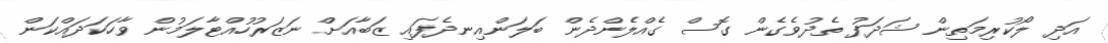
އަދި ލޯކުރިމަތިން ޝަދަފު ތެދުވެގެން ގޮސް ގެއްލެންދެން ބަލަންއިނދެފައި ޒަބާއަށް ނަޒަރުހުއްޓާލަމުން ވާހަކަދައްކަން